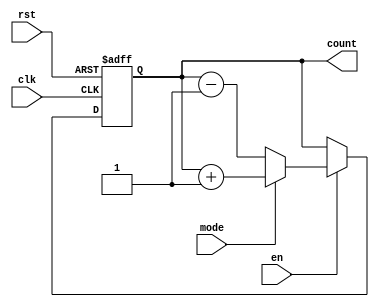
module Chained_Parallel_Counter #(
    parameter N = 4 // Number of bits in the counter
)(
    input wire clk,          // Clock input
    input wire rst,          // Asynchronous reset
    input wire en,           // Count enable
    input wire mode,         // Count mode: 1 for up, 0 for down
    output reg [N-1:0] count // N-bit counter output
);

    always @(posedge clk or posedge rst) begin
        if (rst) begin
            count <= 0; // Reset counter to 0
        end else if (en) begin
            if (mode) begin
                count <= count + 1; // Count up
            end else begin
                count <= count - 1; // Count down
            end
        end
    end

endmodule